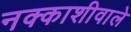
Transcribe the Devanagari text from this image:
नक्काशीवाले